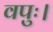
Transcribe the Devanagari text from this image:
वपुः।